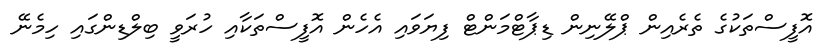
އޮފީސްތަކުގެ ތެރެއިން ޕްލޭނިން ޑިޕާޓްމަންޓް ފިޔަވައި އެހެން އޮފީސްތަކާއި ހުރަވީ ބިލްޑިންގައި ހިމެނޭ